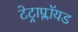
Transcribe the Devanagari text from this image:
टेट्राप्लॉयड